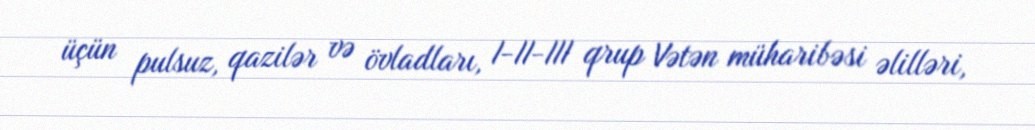
üçün pulsuz, qazilər və övladları, I-II-III qrup Vətən müharibəsi əlilləri,